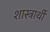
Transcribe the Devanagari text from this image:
शास्त्रार्थी